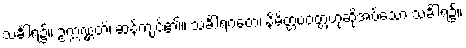
သင်္ခါရ၌။ ဥက္ကဏ္ဌတိ၊ ဆန့်ကျင်၏။ သင်္ခါရဂတေ၊ နိမိတ္တပဝတ္တဟုဆိုအပ်သော သင်္ခါရ၌။